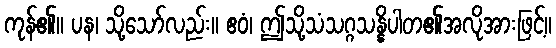
ကုန်၏။ ပန၊ သို့သော်လည်း။ ဧဝံ၊ ဤသို့သံသဂ္ဂသန္နိပါတ၏အလိုအားဖြင့်။